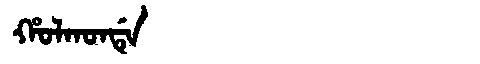
Manchu: ᡥᠣᠯᡴᠣᠨᡩᡝ
Romanization: HOLKONDE